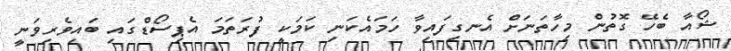
ޝޯއާ ބެހޭ ގޮތުން މިހާތަނަށް އެނގިފައިވާ ހަމައެކަނި ކަމަކީ ފުރަތަމަ އެޕިސޯޑްގައި ބައިވެރިވަނީ